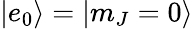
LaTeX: |e_{0}\rangle=|m_{J}=0\rangle